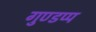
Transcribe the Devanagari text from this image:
गुण्डप्प